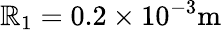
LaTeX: \mathbb{R}_{1}=0.2\times10^{-3}\mathrm{{m}}